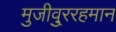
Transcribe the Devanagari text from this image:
मुजीवु्ररहमान